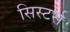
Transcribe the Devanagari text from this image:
सिस्टर्स